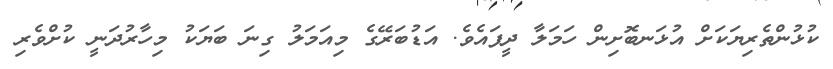
ކުޅުންތެރިޔަކަށް އުޅަނބޮށިން ހަމަލާ ދީފައެވެ. އަޑުބަރޭގެ މިއަމަލު ގިނަ ބަޔަކު މިހާރުދަނީ ކުށްވެރި